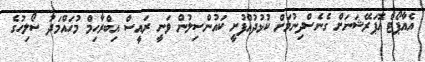
އެއާޕޯޓް އޮޕަރޭޝަނަށް ގެނެސްދިނުމަށް ކުޅުދުއްފުށީ ކައުންސިލުން ވަނީ ރައީސް އިބްރާހިމް މުހައްމަދު ސޯލިހުގެ